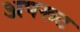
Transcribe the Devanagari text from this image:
अपरूट